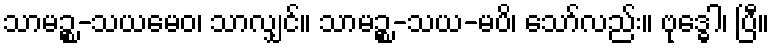
သာမဉ္စ-သယမေဝ၊ သာလျှင်။ သာမဉ္စ-သယ-မပိ၊ သော်လည်း။ ဗုဒ္ဓေါ၊ ပြီ။